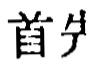
首分